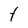
Character: t